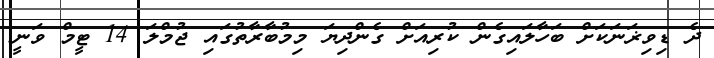
ދެ ޑިވިޜަނަކަށް ބަހާލައިގެން ކުރިއަށް ގެންދިޔަ މިމުބާރާތުގައި ޖުމްލަ 14 ޓީމް ވަނީ